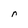
Character: r